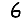
Digit: 6